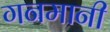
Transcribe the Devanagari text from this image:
गनमानी